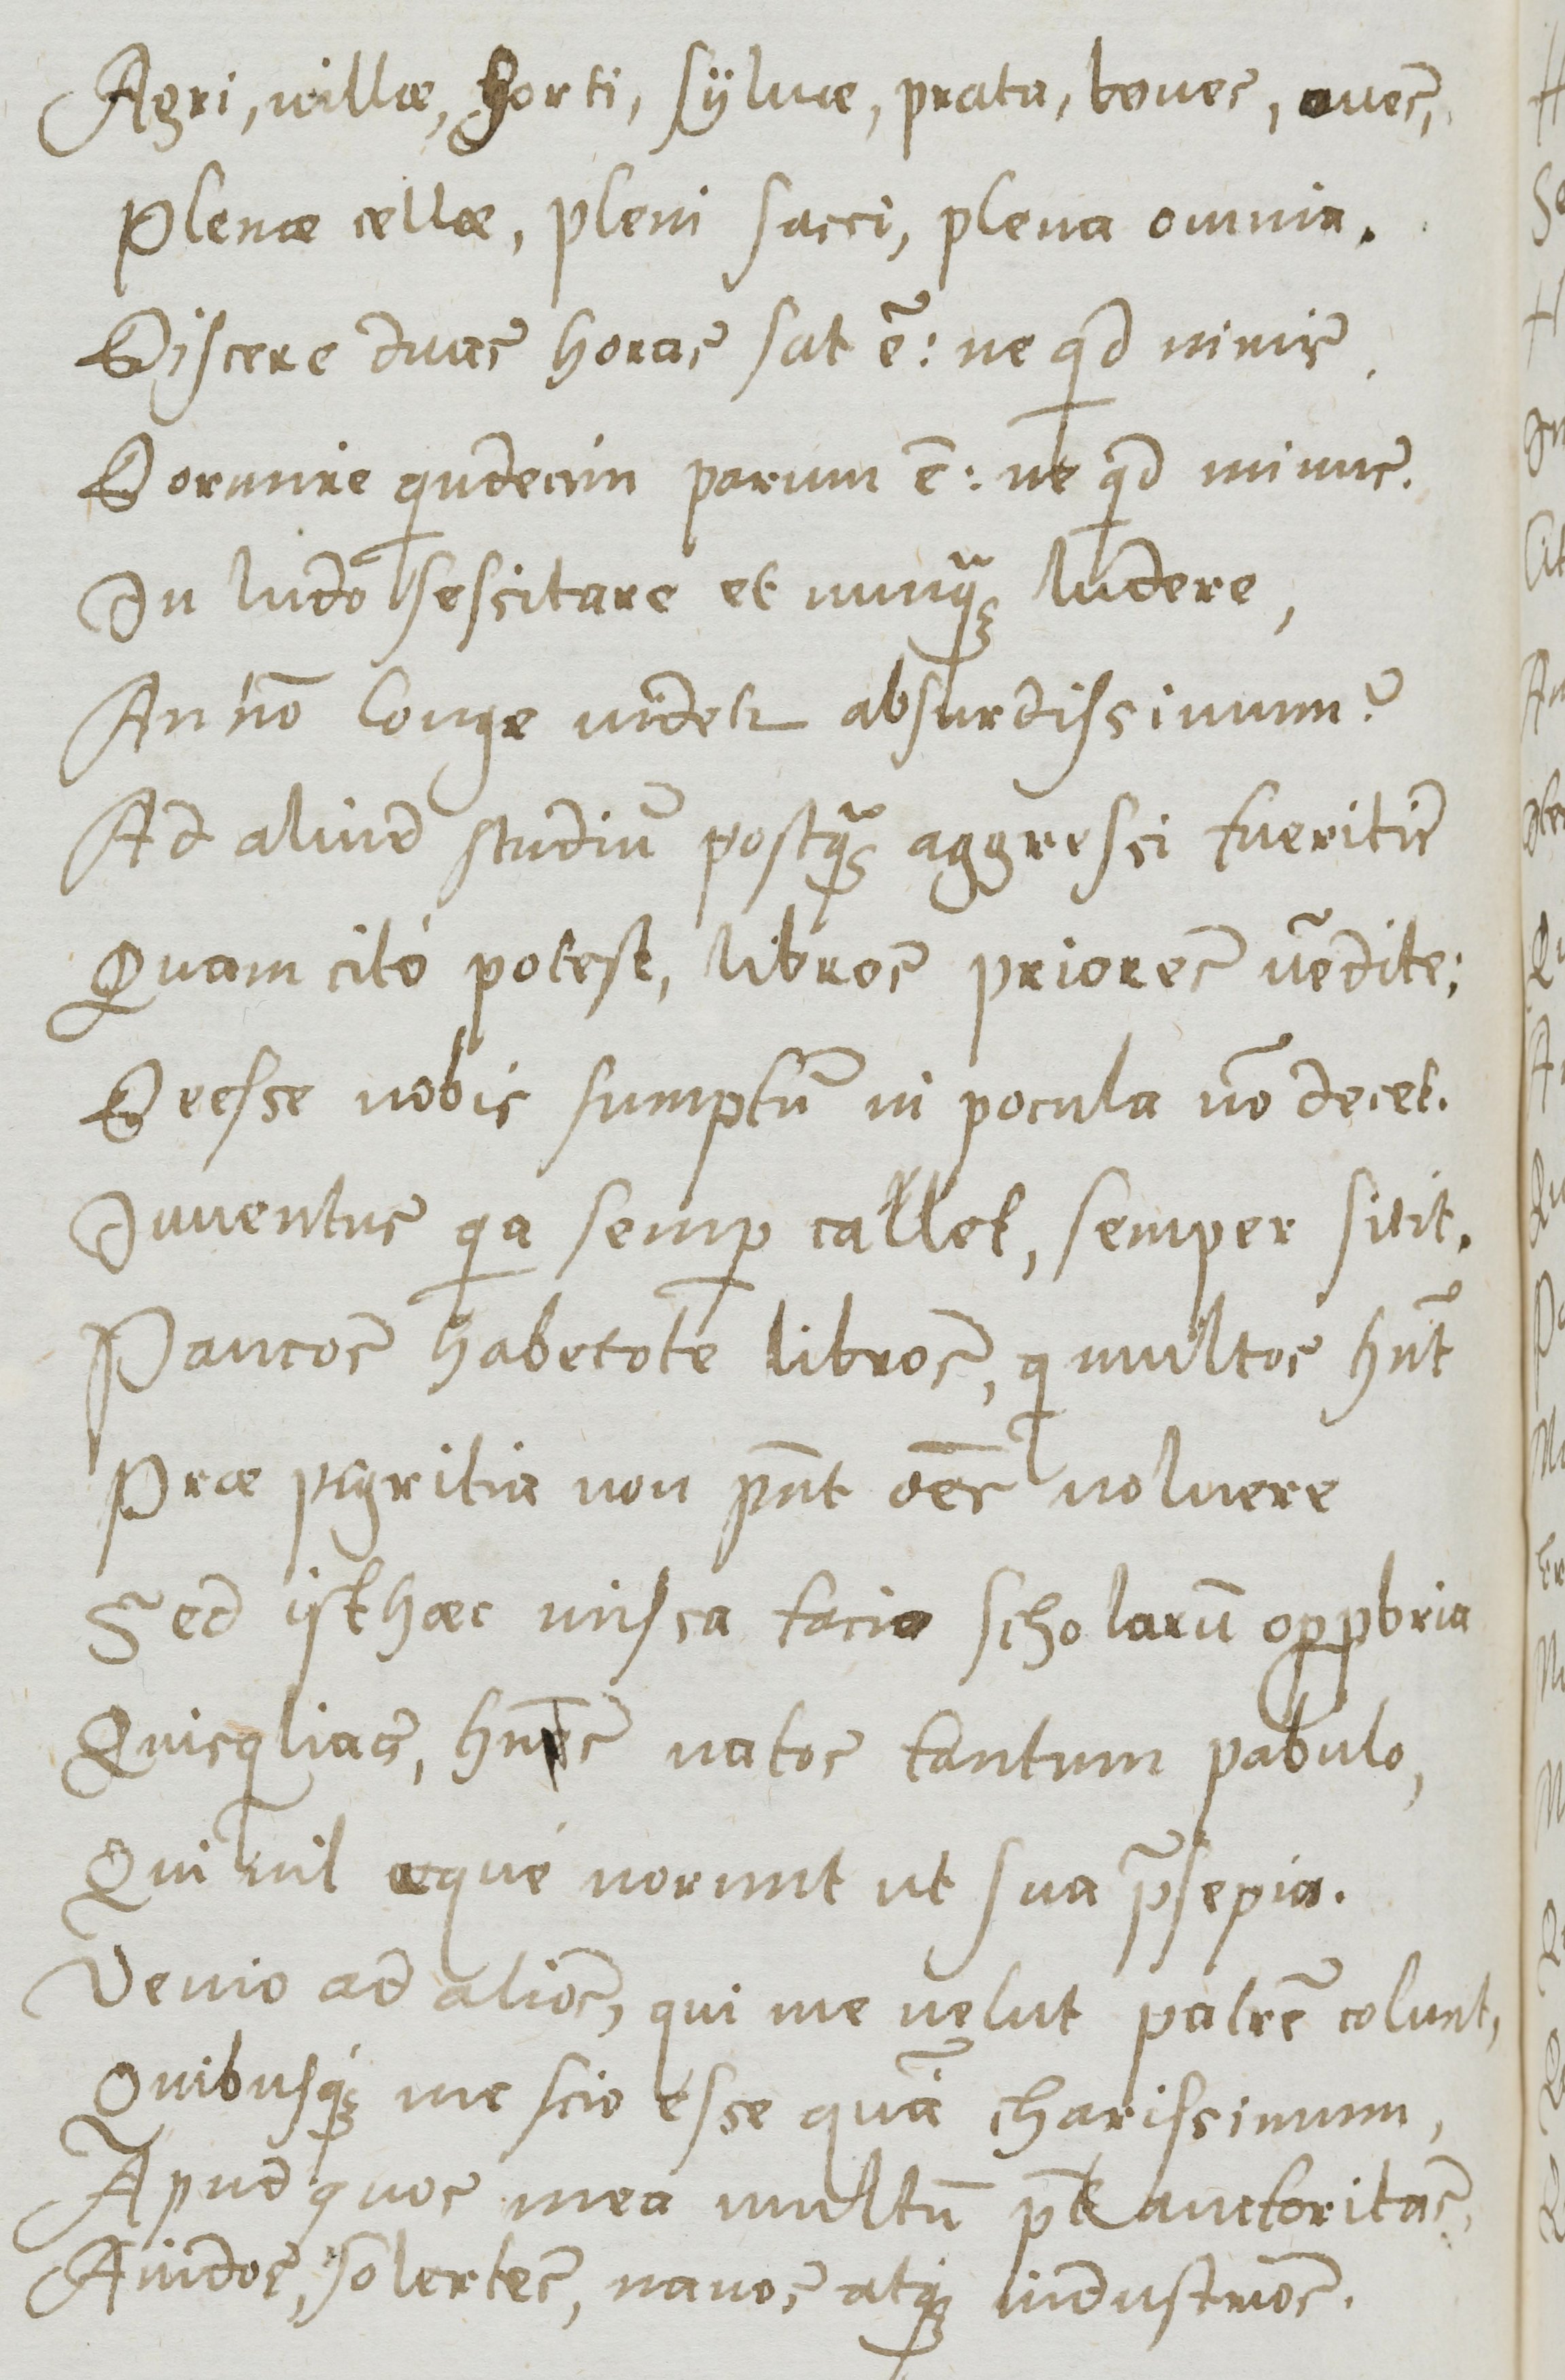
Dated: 1577–1577